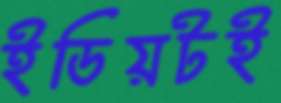
ইডিয়টই